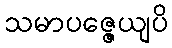
သမာပဇ္ဇေယျပိ